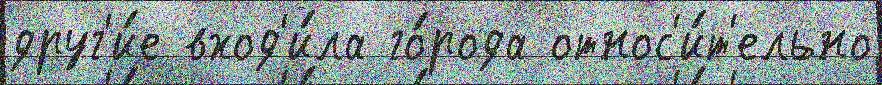
друг'и́е вход'и́ла го́рода относ'и́т'ельно